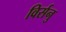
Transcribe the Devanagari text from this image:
विर्सनु